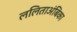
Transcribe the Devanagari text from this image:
ललिताअंबिका